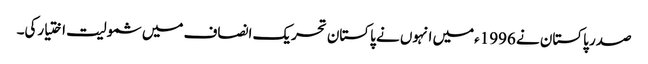
صدر پاکستان نے 1996ءمیں انہوں نے پاکستان تحریک انصاف میں شمولیت اختیارکی۔